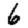
Digit: 6